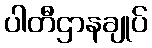
ပါတီဌာနချုပ်